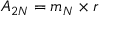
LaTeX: A _ { 2 N } = m _ { N } \times r